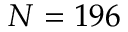
N = 1 9 6